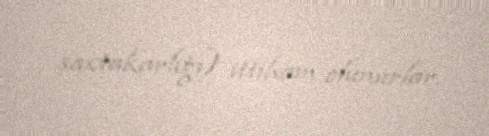
saxtakarlığı) ittiham olunurlar.